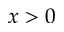
x > 0